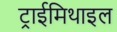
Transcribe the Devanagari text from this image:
ट्राईमिथाइल